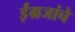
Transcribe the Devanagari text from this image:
ईंग्रजांचे